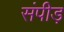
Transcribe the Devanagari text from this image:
संपीड़